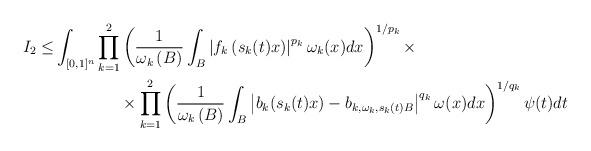
LaTeX: \begin{align*}I_2 \leq& \int_{[0,1]^n} \prod\limits_{k=1}^2\left(\frac1{\omega_k\left(B\right)}\int_{B}\left|f_k\left(s_k(t)x\right)\right|^{p_k}\omega_k(x)dx \right)^{1/p_k}\times\\&\qquad\qquad\times\prod_{k=1}^2\left(\frac1{\omega_k\left(B\right)}\int_{B}\left|b_k(s_k(t)x)-b_{k,\omega_k,s_k(t)B}\right|^{q_k}\omega(x)dx\right)^{1/q_k}\psi(t)dt\\\end{align*}